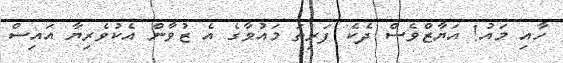
ހާއި މައު! އަޔާޒްވެސް ދެކެ ފަރިތަ މައުވާގެ އެ ޒުވާން އެކުވެރިޔާ އައިސް